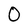
Character: 0